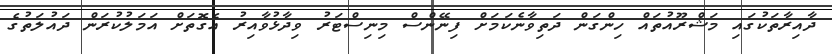
ދާއިރާތަކުގައި މަޝްރޫއުތައް ހިންގަން ދަތިވާނެކަމަށް ފިނޭންސް މިނިސްޓަރު ވިދާޅުވާއިރު އެގޮތަށް އަމަލުކުރަން ދައުލަތުގެ